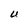
Character: U